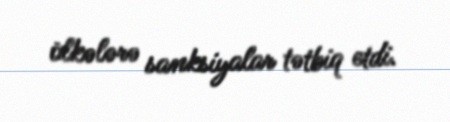
ölkələrə sanksiyalar tətbiq etdi.